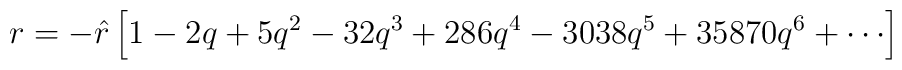
r=-{\hat r}\left[1 - 2q + 5q^2 - 32q^3 + 286q^4 -3038q^5 +35870q^6+\cdots\right]